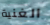
الغنية